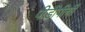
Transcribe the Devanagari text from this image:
पीडीपीची